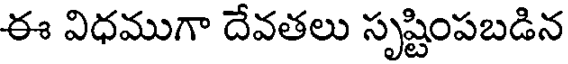
ఈ విధముగా దేవతలు సృష్టింపబడిన